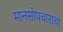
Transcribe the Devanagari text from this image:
मानसोपचाराचा